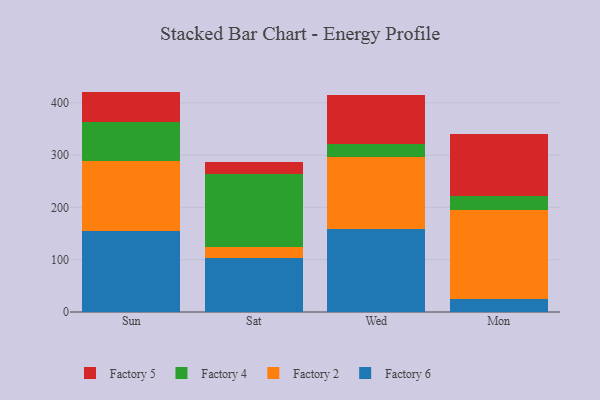
{"axis": {"x": "Day", "y": "Humidity (%)"}, "legend": ["Factory 2", "Factory 4", "Factory 5", "Factory 6"], "data": [{"x": "Sun", "y": 155.0, "type": "Factory 6"}, {"x": "Sun", "y": 134.4, "type": "Factory 2"}, {"x": "Sun", "y": 73.6, "type": "Factory 4"}, {"x": "Sun", "y": 58.5, "type": "Factory 5"}, {"x": "Sat", "y": 103.1, "type": "Factory 6"}, {"x": "Sat", "y": 20.5, "type": "Factory 2"}, {"x": "Sat", "y": 140.4, "type": "Factory 4"}, {"x": "Sat", "y": 22.6, "type": "Factory 5"}, {"x": "Wed", "y": 158.3, "type": "Factory 6"}, {"x": "Wed", "y": 138.4, "type": "Factory 2"}, {"x": "Wed", "y": 25.0, "type": "Factory 4"}, {"x": "Wed", "y": 93.2, "type": "Factory 5"}, {"x": "Mon", "y": 25.1, "type": "Factory 6"}, {"x": "Mon", "y": 170.3, "type": "Factory 2"}, {"x": "Mon", "y": 27.1, "type": "Factory 4"}, {"x": "Mon", "y": 118.2, "type": "Factory 5"}]}